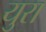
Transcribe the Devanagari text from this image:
युरा